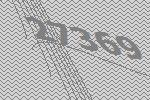
27369